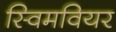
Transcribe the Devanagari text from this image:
स्विमवियर